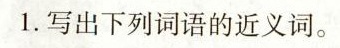
1.写出下列词语的近义词。